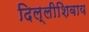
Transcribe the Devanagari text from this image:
दिल्लीशिवाय